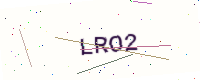
Text: LRO2